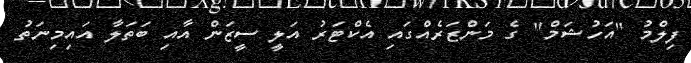
ފިލްމު "އަހުޝަމް" ގެ މަންޒަރެއްގައި އެކްޓަރު އަލީ ސީޒަން އާއި ބަތަލާ އައިމިނަތު